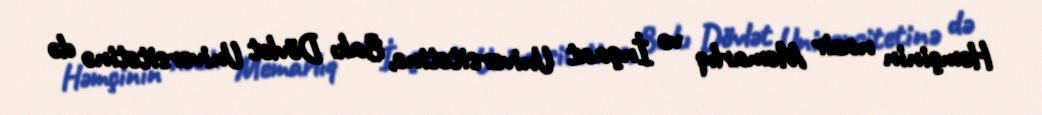
Həmçinin nazir Memarlıq və İnşaat Universitetinə, Bakı Dövlət Universitetinə də